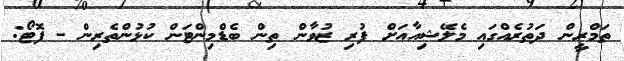
ތަމްރީން ދަތުރެއްގައި މެލޭޝިއާއަށް ފުރި ޒުވާން ތިން ބެޑްމިންޓަން ކުޅުންތެރިން - ފޮޓޯ: